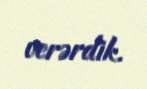
verərdik.